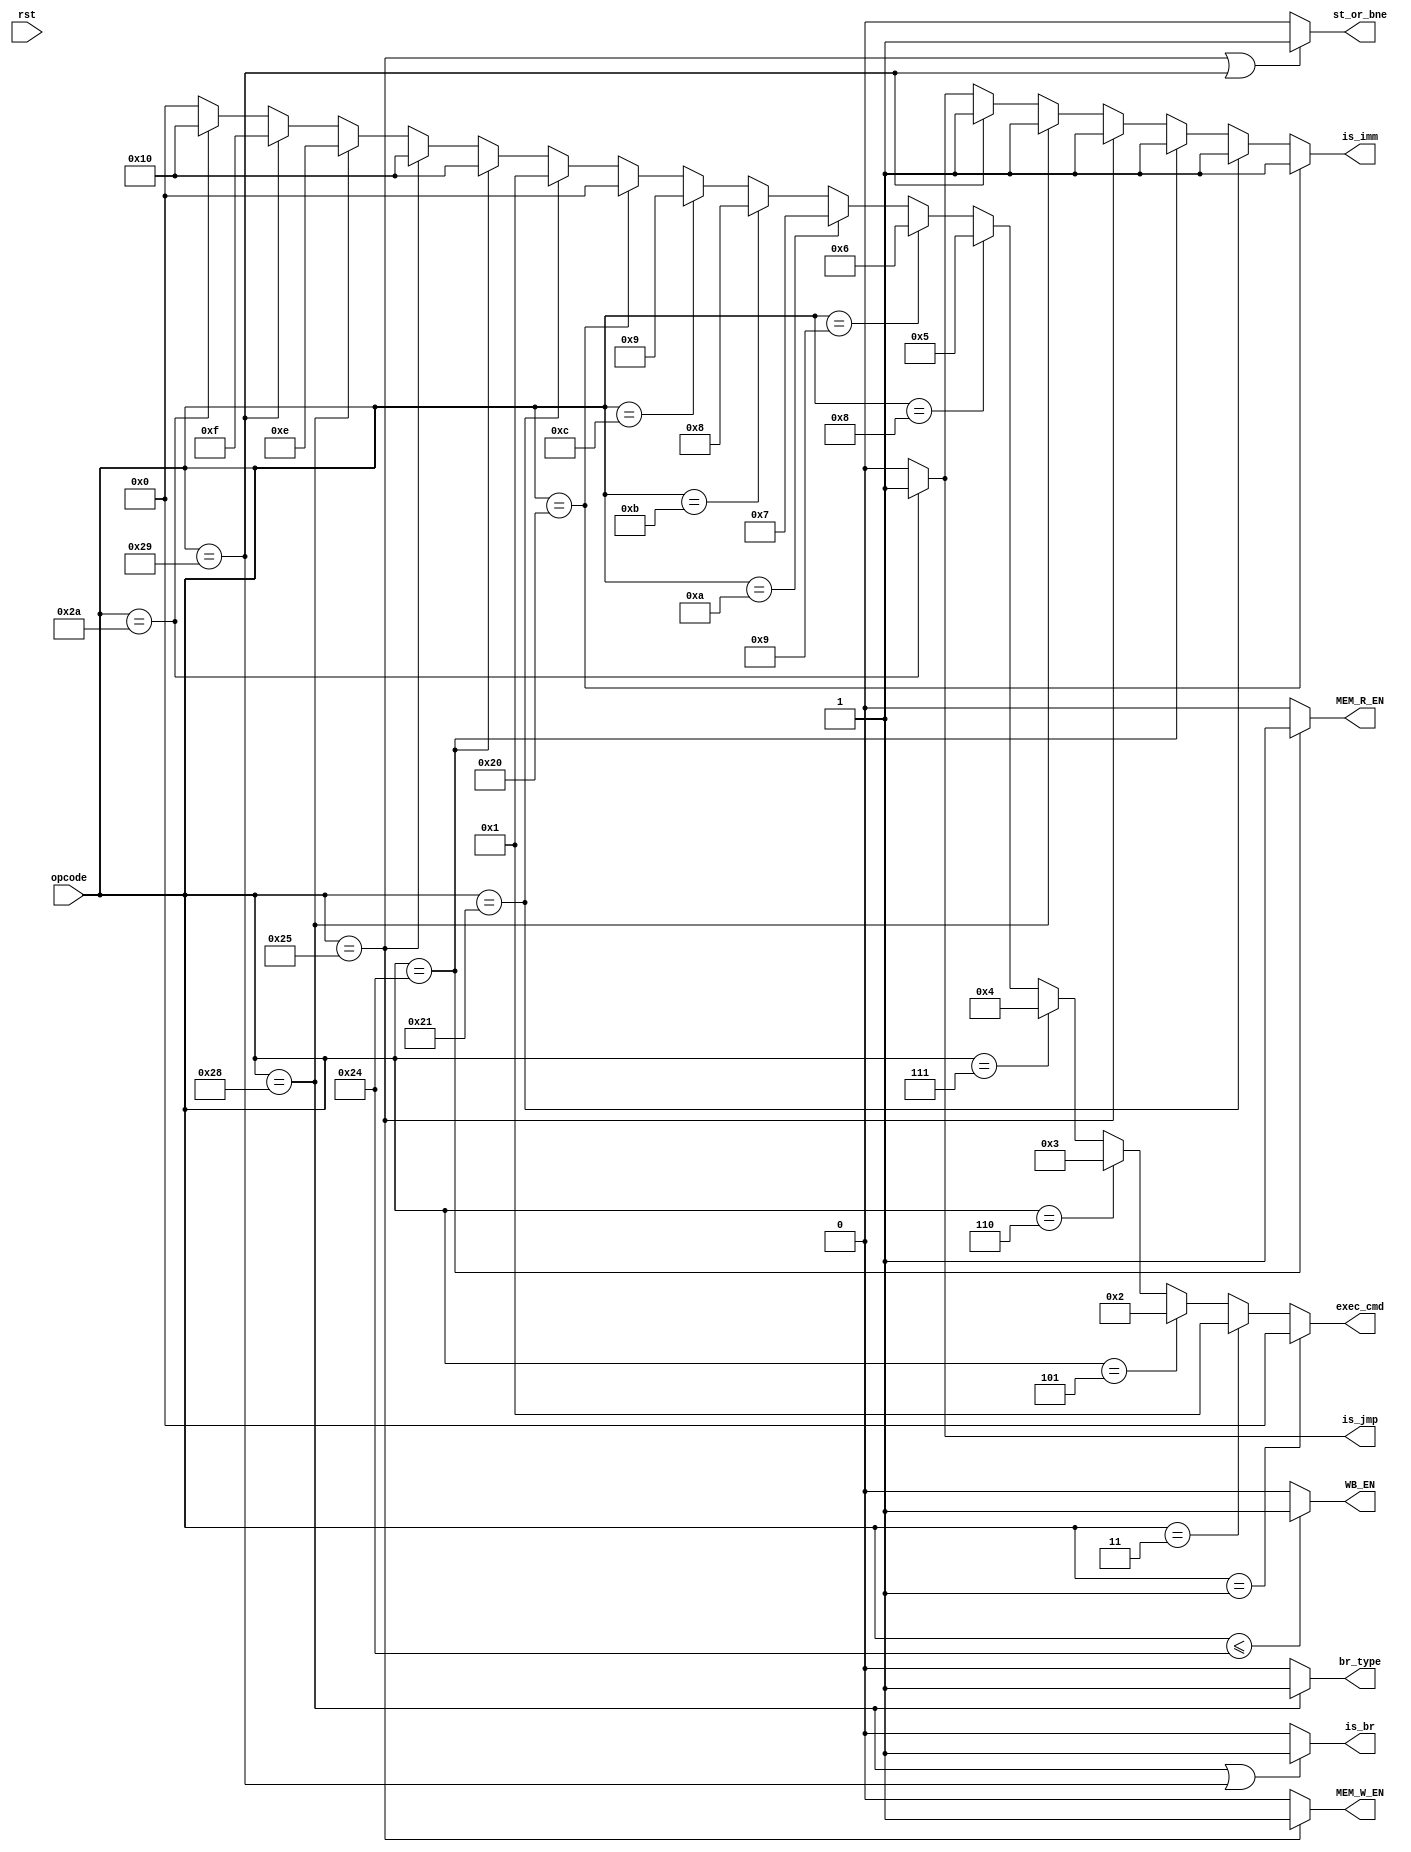
module Controll_Unit (
  input rst,
  input [5:0] opcode,
  output [4:0] exec_cmd,
  output st_or_bne,
  output MEM_W_EN,
  output MEM_R_EN,
  output WB_EN,
  output is_jmp,
  output is_br,
  output br_type,
  output is_imm
);

  assign exec_cmd = (opcode[5:0] == 6'd1 ) ? 5'd0:
                    (opcode[5:0] == 6'd3 ) ? 5'd1:
                    (opcode[5:0] == 6'd5 ) ? 5'd2:
                    (opcode[5:0] == 6'd6 ) ? 5'd3:
                    (opcode[5:0] == 6'd7 ) ? 5'd4:
                    (opcode[5:0] == 6'd8 ) ? 5'd5:
                    (opcode[5:0] == 6'd9 ) ? 5'd6:
                    (opcode[5:0] == 6'd10 ) ? 5'd7:
                    (opcode[5:0] == 6'd11 ) ? 5'd8:
                    (opcode[5:0] == 6'd12 ) ? 5'd9:
                    (opcode[5:0] == 6'd32 ) ? 5'd0:
                    (opcode[5:0] == 6'd33 ) ? 5'd1 :
                    (opcode[5:0] == 6'd36 ) ? 5'd16 :
                    (opcode[5:0] == 6'd37 ) ? 5'd16 :
                    (opcode[5:0] == 6'd40 ) ? 5'd14 :
                    (opcode[5:0] == 6'd41 ) ? 5'd15 :
                    (opcode[5:0] == 6'd42 ) ? 5'd16 : 5'd0;

  assign is_imm = (opcode[5:0] == 6'd32) ? 1'b1 :
                 (opcode[5:0] == 6'd33) ? 1'b1 :
                 (opcode[5:0] == 6'd36) ? 1'b1 :
                 (opcode[5:0] == 6'd37) ? 1'b1 :
                 (opcode[5:0] == 6'd40) ? 1'b1 :
                 (opcode[5:0] == 6'd41) ? 1'b1 :
                 (opcode[5:0] == 6'd42) ? 1'b1 :
                 1'b0;

  assign MEM_R_EN = (opcode[5:0] == 6'd36) ? 1'b1 : 1'b0;
  assign MEM_W_EN = (opcode[5:0] == 6'd37) ? 1'b1 : 1'b0;
  assign WB_EN = (opcode[5:0] <= 6'd36) ? 1'b1 : 1'b0;

  assign st_or_bne = (opcode[5:0] == 6'd37 || opcode[5:0] == 6'd41 ) ? 1'b1 : 1'b0;

  assign is_jmp = (opcode[5:0] == 6'd42) ? 1'b1 : 1'b0;

  assign is_br = (opcode[5:0] == 6'd40 || opcode[5:0] == 6'd41 ) ? 1'b1 : 1'b0;

  assign br_type = (opcode[5:0] == 6'd40 ) ? 1'b1 : 1'b0;

endmodule // Controll_Unit